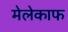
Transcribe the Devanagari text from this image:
मेलेकाफ